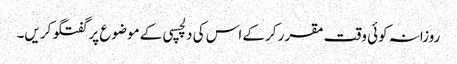
روزانہ کوئی وقت مقرر کرکے اس کی دلچسپی کے موضوع پر گفتگو کریں۔